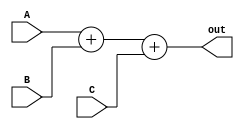
////////////////////////////////////////////////////////////////////////////////////////////////////////
//
// Institution   : Bandung Institute of Technology
//
// Design Name   : Adder for 4 input values 
// Module Name   : adder_4in
// Project Name  : LSI Design Contest in Okinawa 2018
// Target Devices: Sigmoid Function
// Tool versions : FPGA
//
// Description: 
// 		Performing addition for 4 input values
// 
// Input:
//  	A : 16 bit signed : First Value
//  	B : 16 bit signed : Second Value 
//  	C : 16 bit signed : Third Value 
//  	D : 16 bit signed : Fourth Value 
//
// Output:
//  	out : 16 bit signed : Result 
//
// Revision: 
// Revision 0.01 - File Created
// Additional Comments: Addtion using operator +
//
///////////////////////////////////////////////////////////////////////////////////////////////////////

module adder_4in(A, B, C, out);

input signed [15:0] A, B, C;
output signed [15:0] out;

assign out = A + B + C;

endmodule